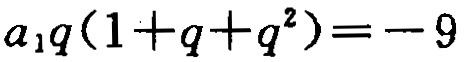
\(a_{1}q(1 + q + q^{2}) = - 9\)